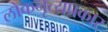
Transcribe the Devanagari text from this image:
लोकनृत्यप्रकार